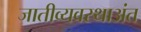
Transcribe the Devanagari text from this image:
जातीव्यवस्थाअंत